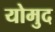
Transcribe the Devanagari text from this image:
योमुद